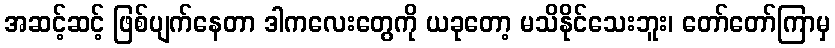
အဆင့်ဆင့် ဖြစ်ပျက်နေတာ ဒါကလေးတွေကို ယခုတော့ မသိနိုင်သေးဘူး၊ တော်တော်ကြာမှ